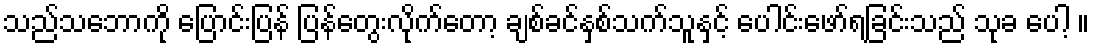
သည်သဘောကို ပြောင်းပြန် ပြန်တွေးလိုက်တော့ ချစ်ခင်နှစ်သက်သူနှင့် ပေါင်းဖော်ရခြင်းသည် သုခ ပေါ့ ။